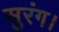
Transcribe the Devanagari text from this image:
सुरंग।